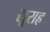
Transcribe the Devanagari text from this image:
सूराह